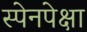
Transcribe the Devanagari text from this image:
स्पेनपेक्षा